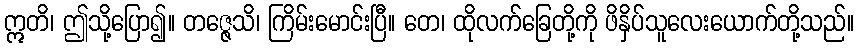
ဣတိ၊ ဤသို့ပြော၍။ တဇ္ဇေသိ၊ ကြိမ်းမောင်းပြီ။ တေ၊ ထိုလက်ခြေတို့ကို ဖိနှိပ်သူလေးယောက်တို့သည်။